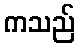
ကသည်